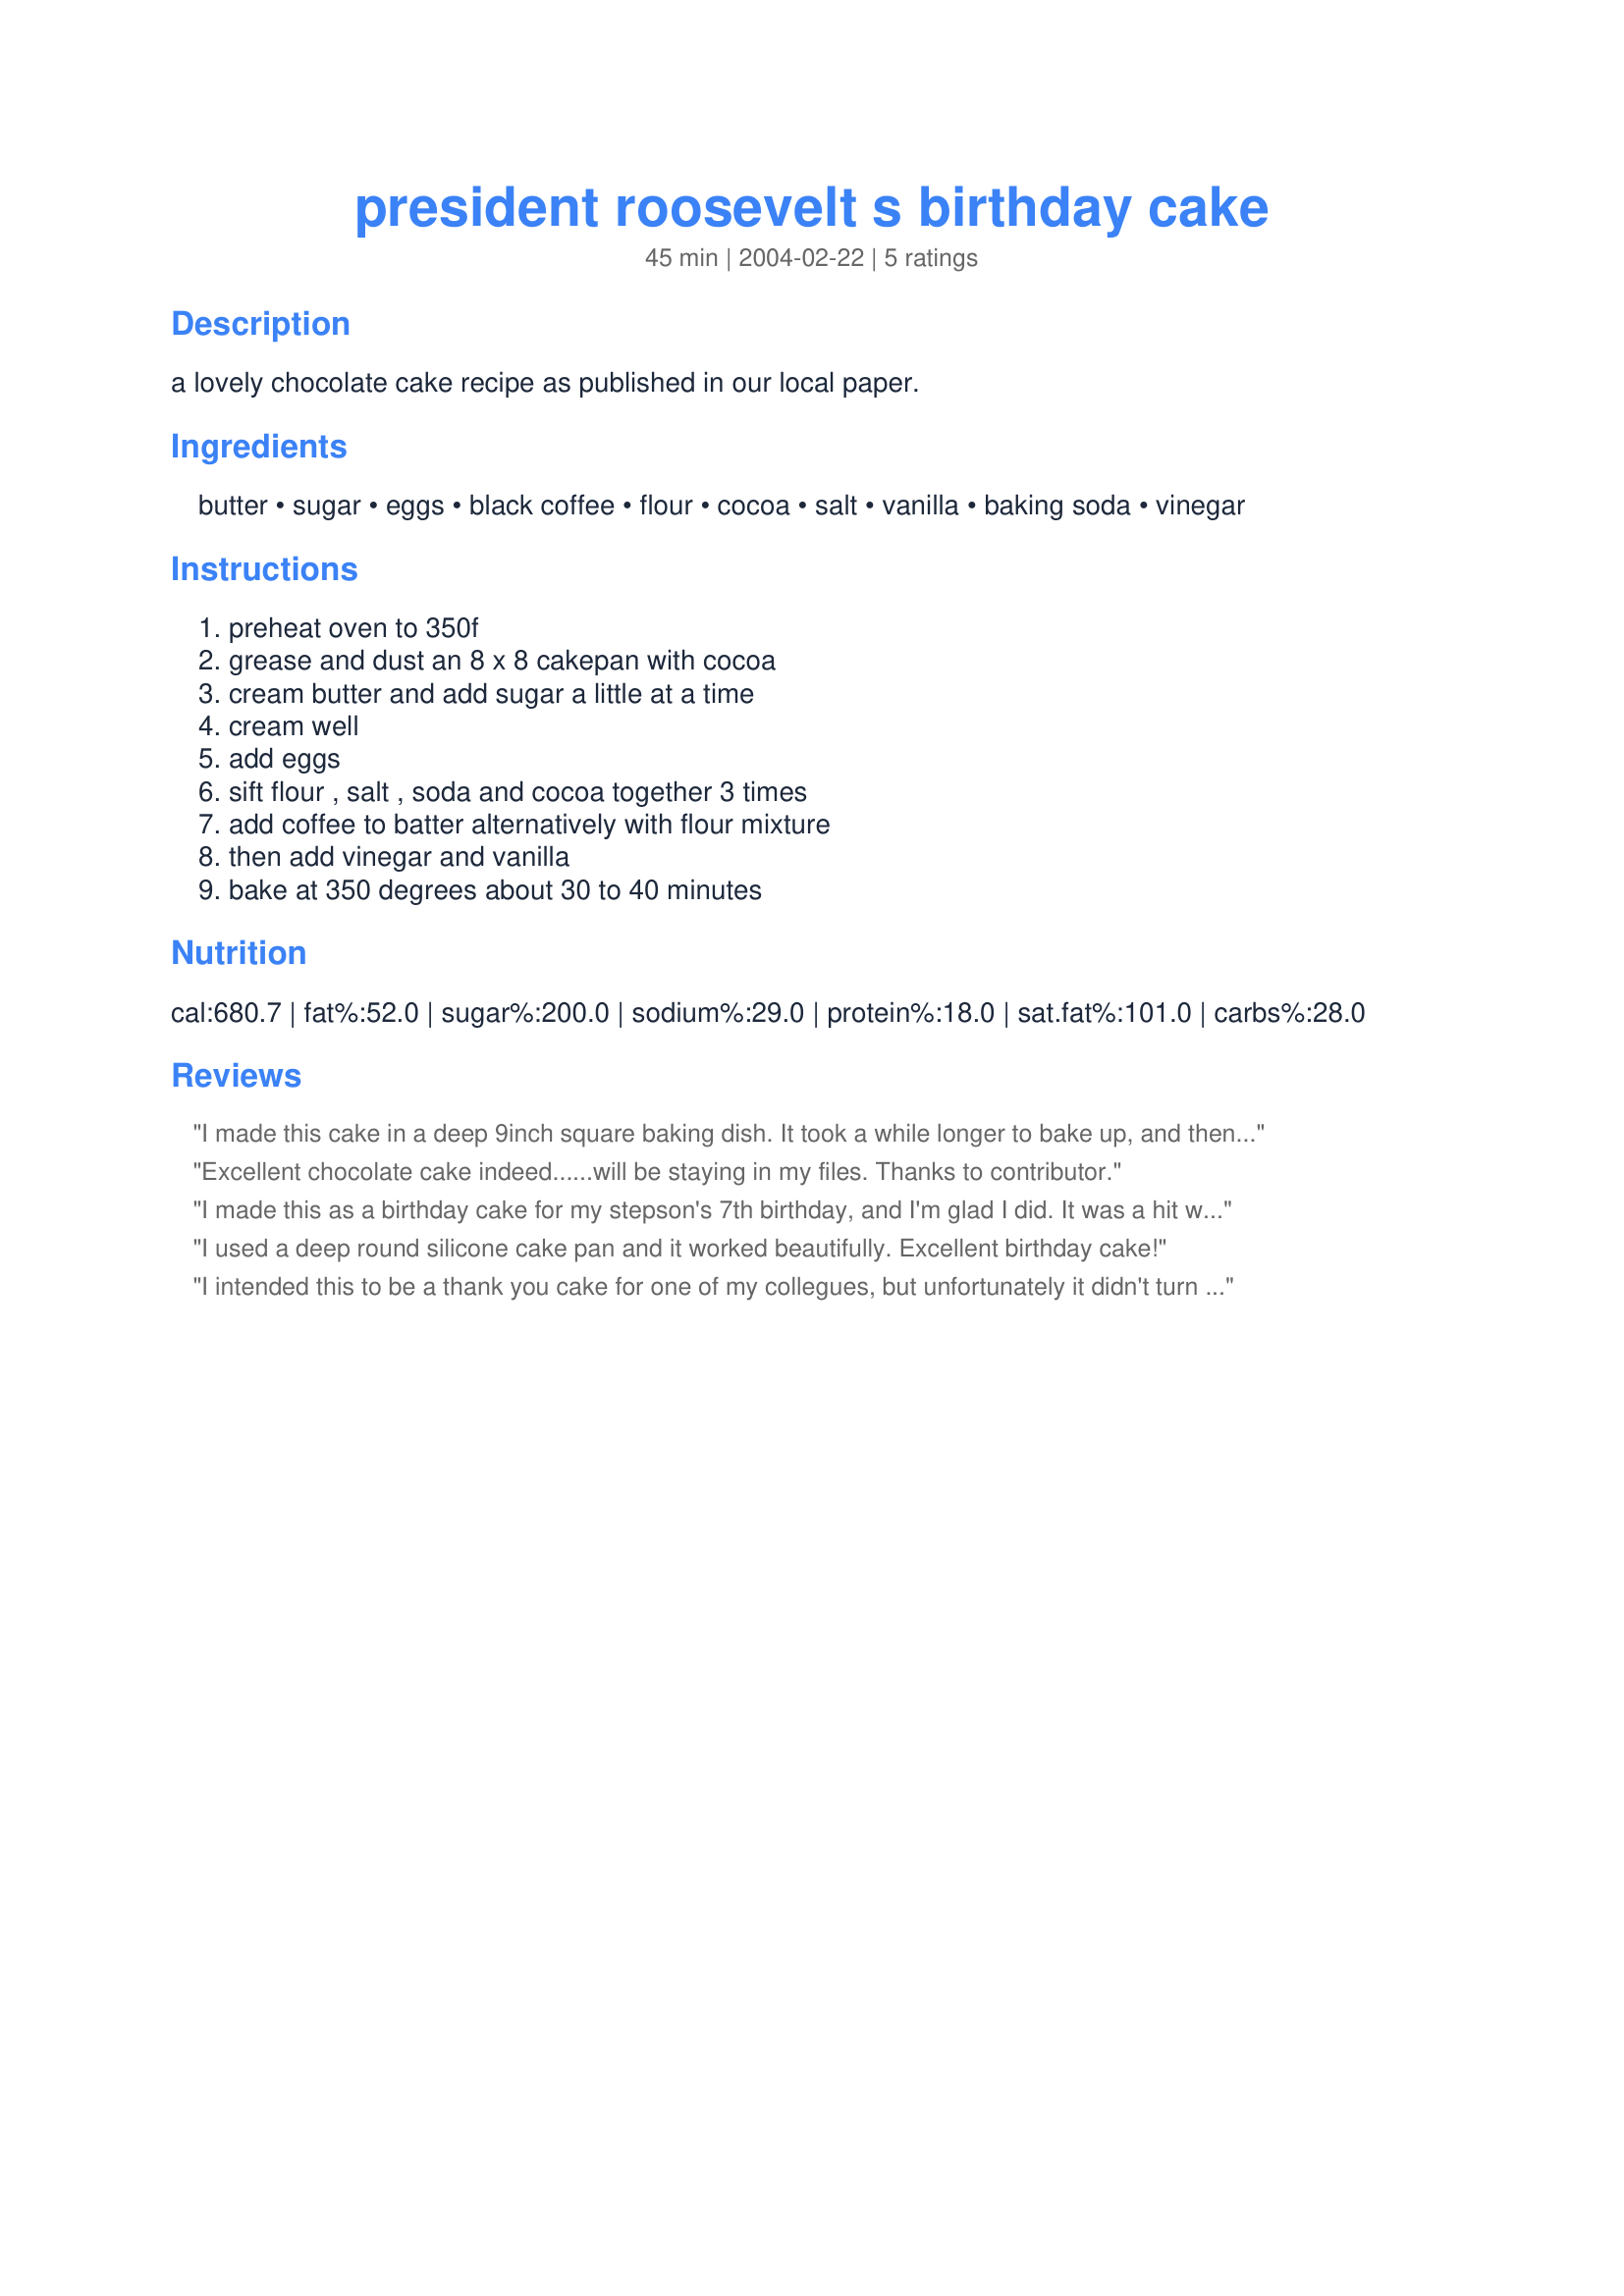
president roosevelt s birthday cake
Preparation time: 45 minutes

a lovely chocolate cake recipe as published in our local paper.

Ingredients:
butter, sugar, eggs, black coffee, flour, cocoa, salt, vanilla, baking soda, vinegar

Steps:
preheat oven to 350f, grease and dust an 8 x 8 cakepan with cocoa, cream butter and add sugar a little at a time, cream well, add eggs, sift flour , salt , soda and cocoa together 3 times, add coffee to batter alternatively with flour mixture, then add vinegar and vanilla, bake at 350 degrees about 30 to 40 minutes

Reviews:
I made this cake in a deep 9inch square baking dish. It took a while longer to bake up, and then the center never really did get completely baked. However, besides my screw up by using this baking dish, this cake is a great lil cake. Great flavor, nice and dense. I will use this recipe again and again for a standard chocolate cake. Thanks so much for posting!
Excellent chocolate cake indeed......will be staying in my files. Thanks to contributor.
I made this as a birthday cake for my stepson's 7th birthday, and I'm glad I did. It was a hit with him, but he's happy with anything as long as I smother it in chocolate frosting. More importantly, everyone else in my family loved it as well. My own daughters have inherited their mother's sweet tooth (and affinity for chocolate), but Sushiman and his kids prefer the savory stuff, so if this went over big time, you can just imagine how good it was. I used an 8X8 square pan lined with parchment paper. Thanks so much for posting, this is going to become our de rigueur chocolate birthday cake.
I used a deep round silicone cake pan and it worked beautifully. Excellent birthday cake!
I intended this to be a thank you cake for one of my collegues, but unfortunately it didn't turn out well enough to give away. The flavour of the cake is great, really moist and fluffy and not too sweet. However, there is far too much batter for a loaf pan, and fortunately I placed it on a baking sheet, otherwise I would have had a right mess to clean in the oven. It also took over an hour to be done. I think it was due to the pan being too small and loads of the batter spilling out that the middle of the cake collapsed rather than rose. I will try making this again, dividing the dough, making one loaf and a couple of muffins or maybe try a bundt pan, because as I said the flavour and texture of the cake is really good! I will update the review then! ;)
